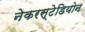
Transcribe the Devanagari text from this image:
नेकरस्टेडियोन